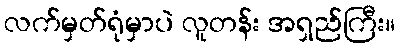
လက်မှတ်ရုံမှာပဲ လူတန်း အရှည်ကြီး။